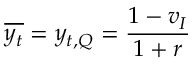
\overline { { y _ { t } } } = y _ { t , Q } = \frac { 1 - v _ { I } } { 1 + r }